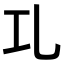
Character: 𠃖